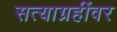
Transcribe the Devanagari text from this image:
सत्याग्रहींवर